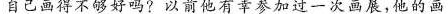
自己画得不够好吗?以前他有幸参加过一次画展，他的画